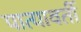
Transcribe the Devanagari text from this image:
पात्यावर्ती